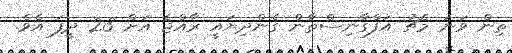
ތިން ވަނަ މެޗު އަފްގާނިސްތާން ގެންދިޔައީ ރާއްޖެ އަށް 23 ދީފަ އެވެ.